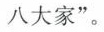
八大家”。